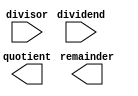
module radix_2_srt_divider(
    input wire [31:0] dividend,
    input wire [31:0] divisor,
    output reg [31:0] quotient,
    output reg [31:0] remainder
);

// Your Verilog code for Radix-2 SRT Divider design goes here

endmodule